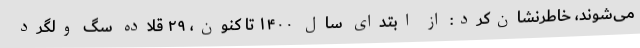
می‌شوند، خاطرنشان‌کرد: از ابتدای سال ۱۴۰۰ تا کنون، ۲۹ قلاده سگ ولگرد